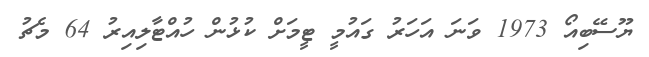
ޔޫސޭބިއޯ 1973 ވަނަ އަހަރު ގައުމީ ޓީމަށް ކުޅުން ހުއްޓާލިއިރު 64 މެޗު